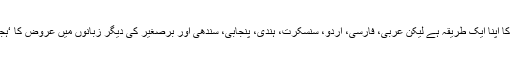
دنیا کی ہر زبان میں شاعری کو ‘جانچنے’ کا اپنا ایک طریقہ ہے لیکن عربی، فارسی، اردو، سنسکرت، ہندی، پنجابی، سندھی اور برصغیر کی دیگر زبانوں میں عروض کا ‘ہجّائی نظام’ ہے یعنی یہ ہجّوں پر مشتمل ہے۔